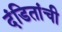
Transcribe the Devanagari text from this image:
दंडितांची